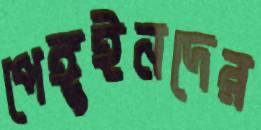
পেঙ্গুইনদের